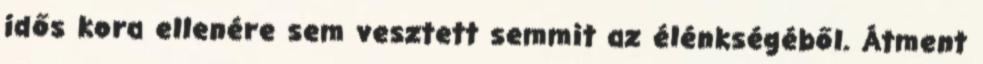
idős kora ellenére sem vesztett semmit az élénkségéből. Átment